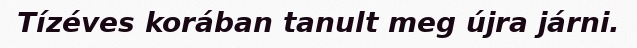
Tízéves korában tanult meg újra járni.